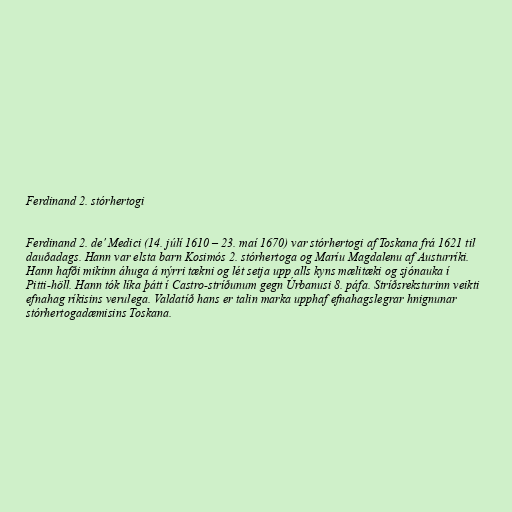
Ferdinand 2. stórhertogi

Ferdinand 2. de' Medici (14. júlí 1610 – 23. maí 1670) var stórhertogi af Toskana frá 1621 til
dauðadags. Hann var elsta barn Kosimós 2. stórhertoga og Maríu Magdalenu af Austurríki.
Hann hafði mikinn áhuga á nýrri tækni og lét setja upp alls kyns mælitæki og sjónauka í
Pitti-höll. Hann tók líka þátt í Castro-stríðunum gegn Úrbanusi 8. páfa. Stríðsreksturinn veikti
efnahag ríkisins verulega. Valdatíð hans er talin marka upphaf efnahagslegrar hnignunar
stórhertogadæmisins Toskana.